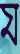
য